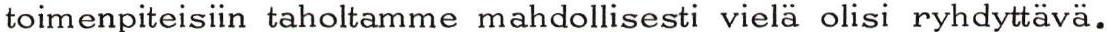
toimenpiteisiin taholtamme mahdollisesti vielä olisi ryhdyttävä.